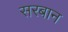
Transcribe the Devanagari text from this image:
सरबान